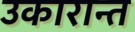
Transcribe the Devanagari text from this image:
उकारान्त